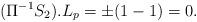
LaTeX: \begin{align*} ( \Pi^{-1} S_2 ) . L_p = \pm( 1 - 1 ) = 0.\end{align*}